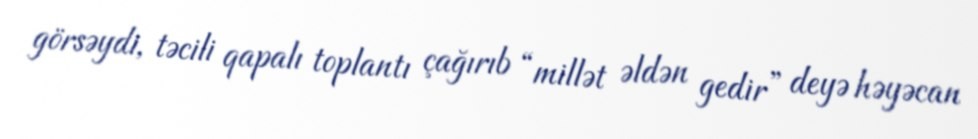
görsəydi, təcili qapalı toplantı çağırıb “millət əldən gedir” deyə həyəcan